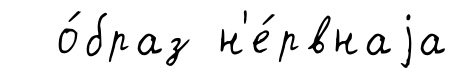
о́браз н'е́рвнаjа